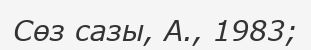
Сөз сазы, А., 1983;